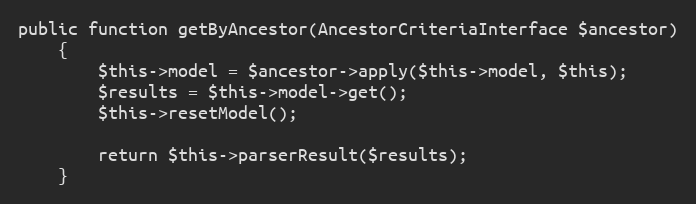
Language: PHP
public function getByAncestor(AncestorCriteriaInterface $ancestor)
    {
        $this->model = $ancestor->apply($this->model, $this);
        $results = $this->model->get();
        $this->resetModel();

        return $this->parserResult($results);
    }